Tartu_pedagoogiumi_aruanded, lk 51
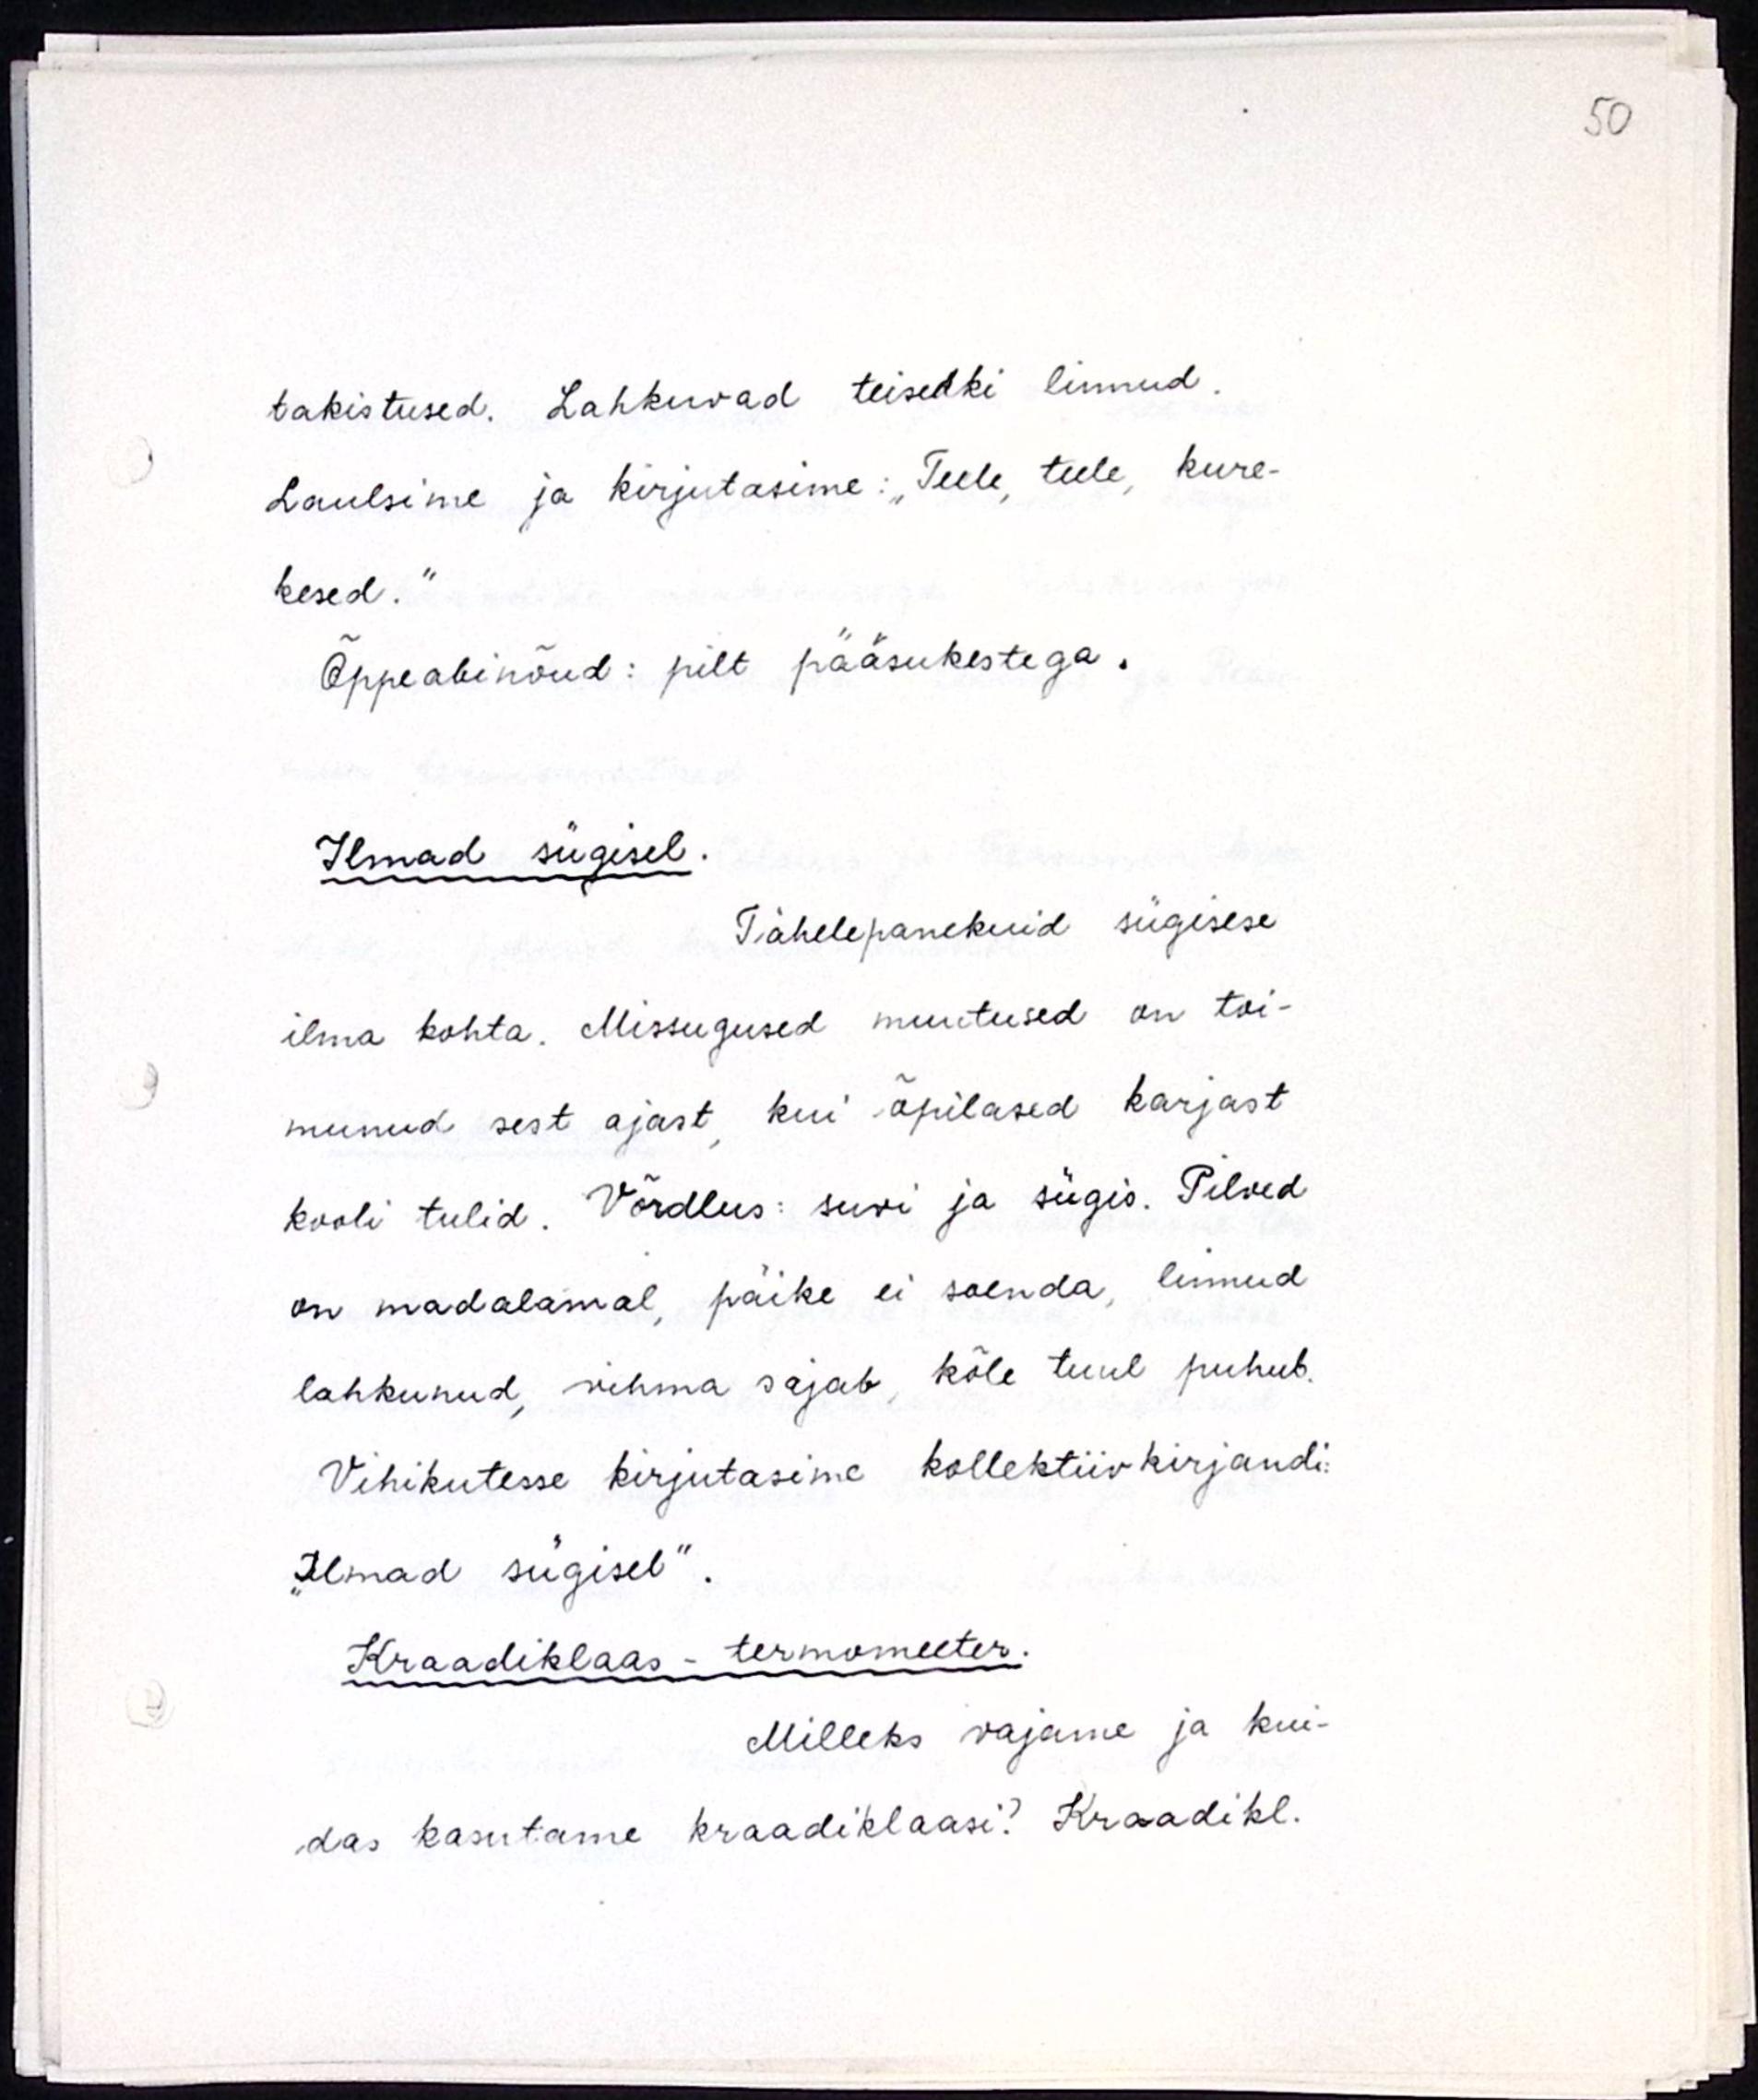
takistused. Lahkuvad teisedki linnud.
Laulsime ja kirjutasime: "Teele, teele, kure-
kesed."
Õppeabinõud: pilt pääsukestega. 
Ilmad sügisel.
Tähelepanekuid sügisese
ilma kohta. Missugused muutused on toi-
munud sest ajast kui õpilased karjast
kooli tulid. Võrdlus: suvi ja sügis. Pilved
on madalamal, päike ei soenda, linnud
lahkuvad, vihma sajab, kõle tuul puhub.
Vihikutesse kirjutasime kollektiivkirjandi
"Ilmad sügisel".
Kraadiklaas-termomeeter.
Milleks vajame ja kui-
das kasutame kraadiklaasi? Kraadikl.